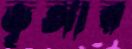
ভৃঙ্গার